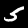
Digit: 5